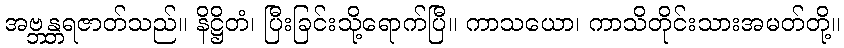
အဗ္ဘန္တရဇာတ်သည်။ နိဋ္ဌိတံ၊ ပြီးခြင်းသို့ရောက်ပြီ။ ကာသယော၊ ကာသိတိုင်းသားအမတ်တို့။